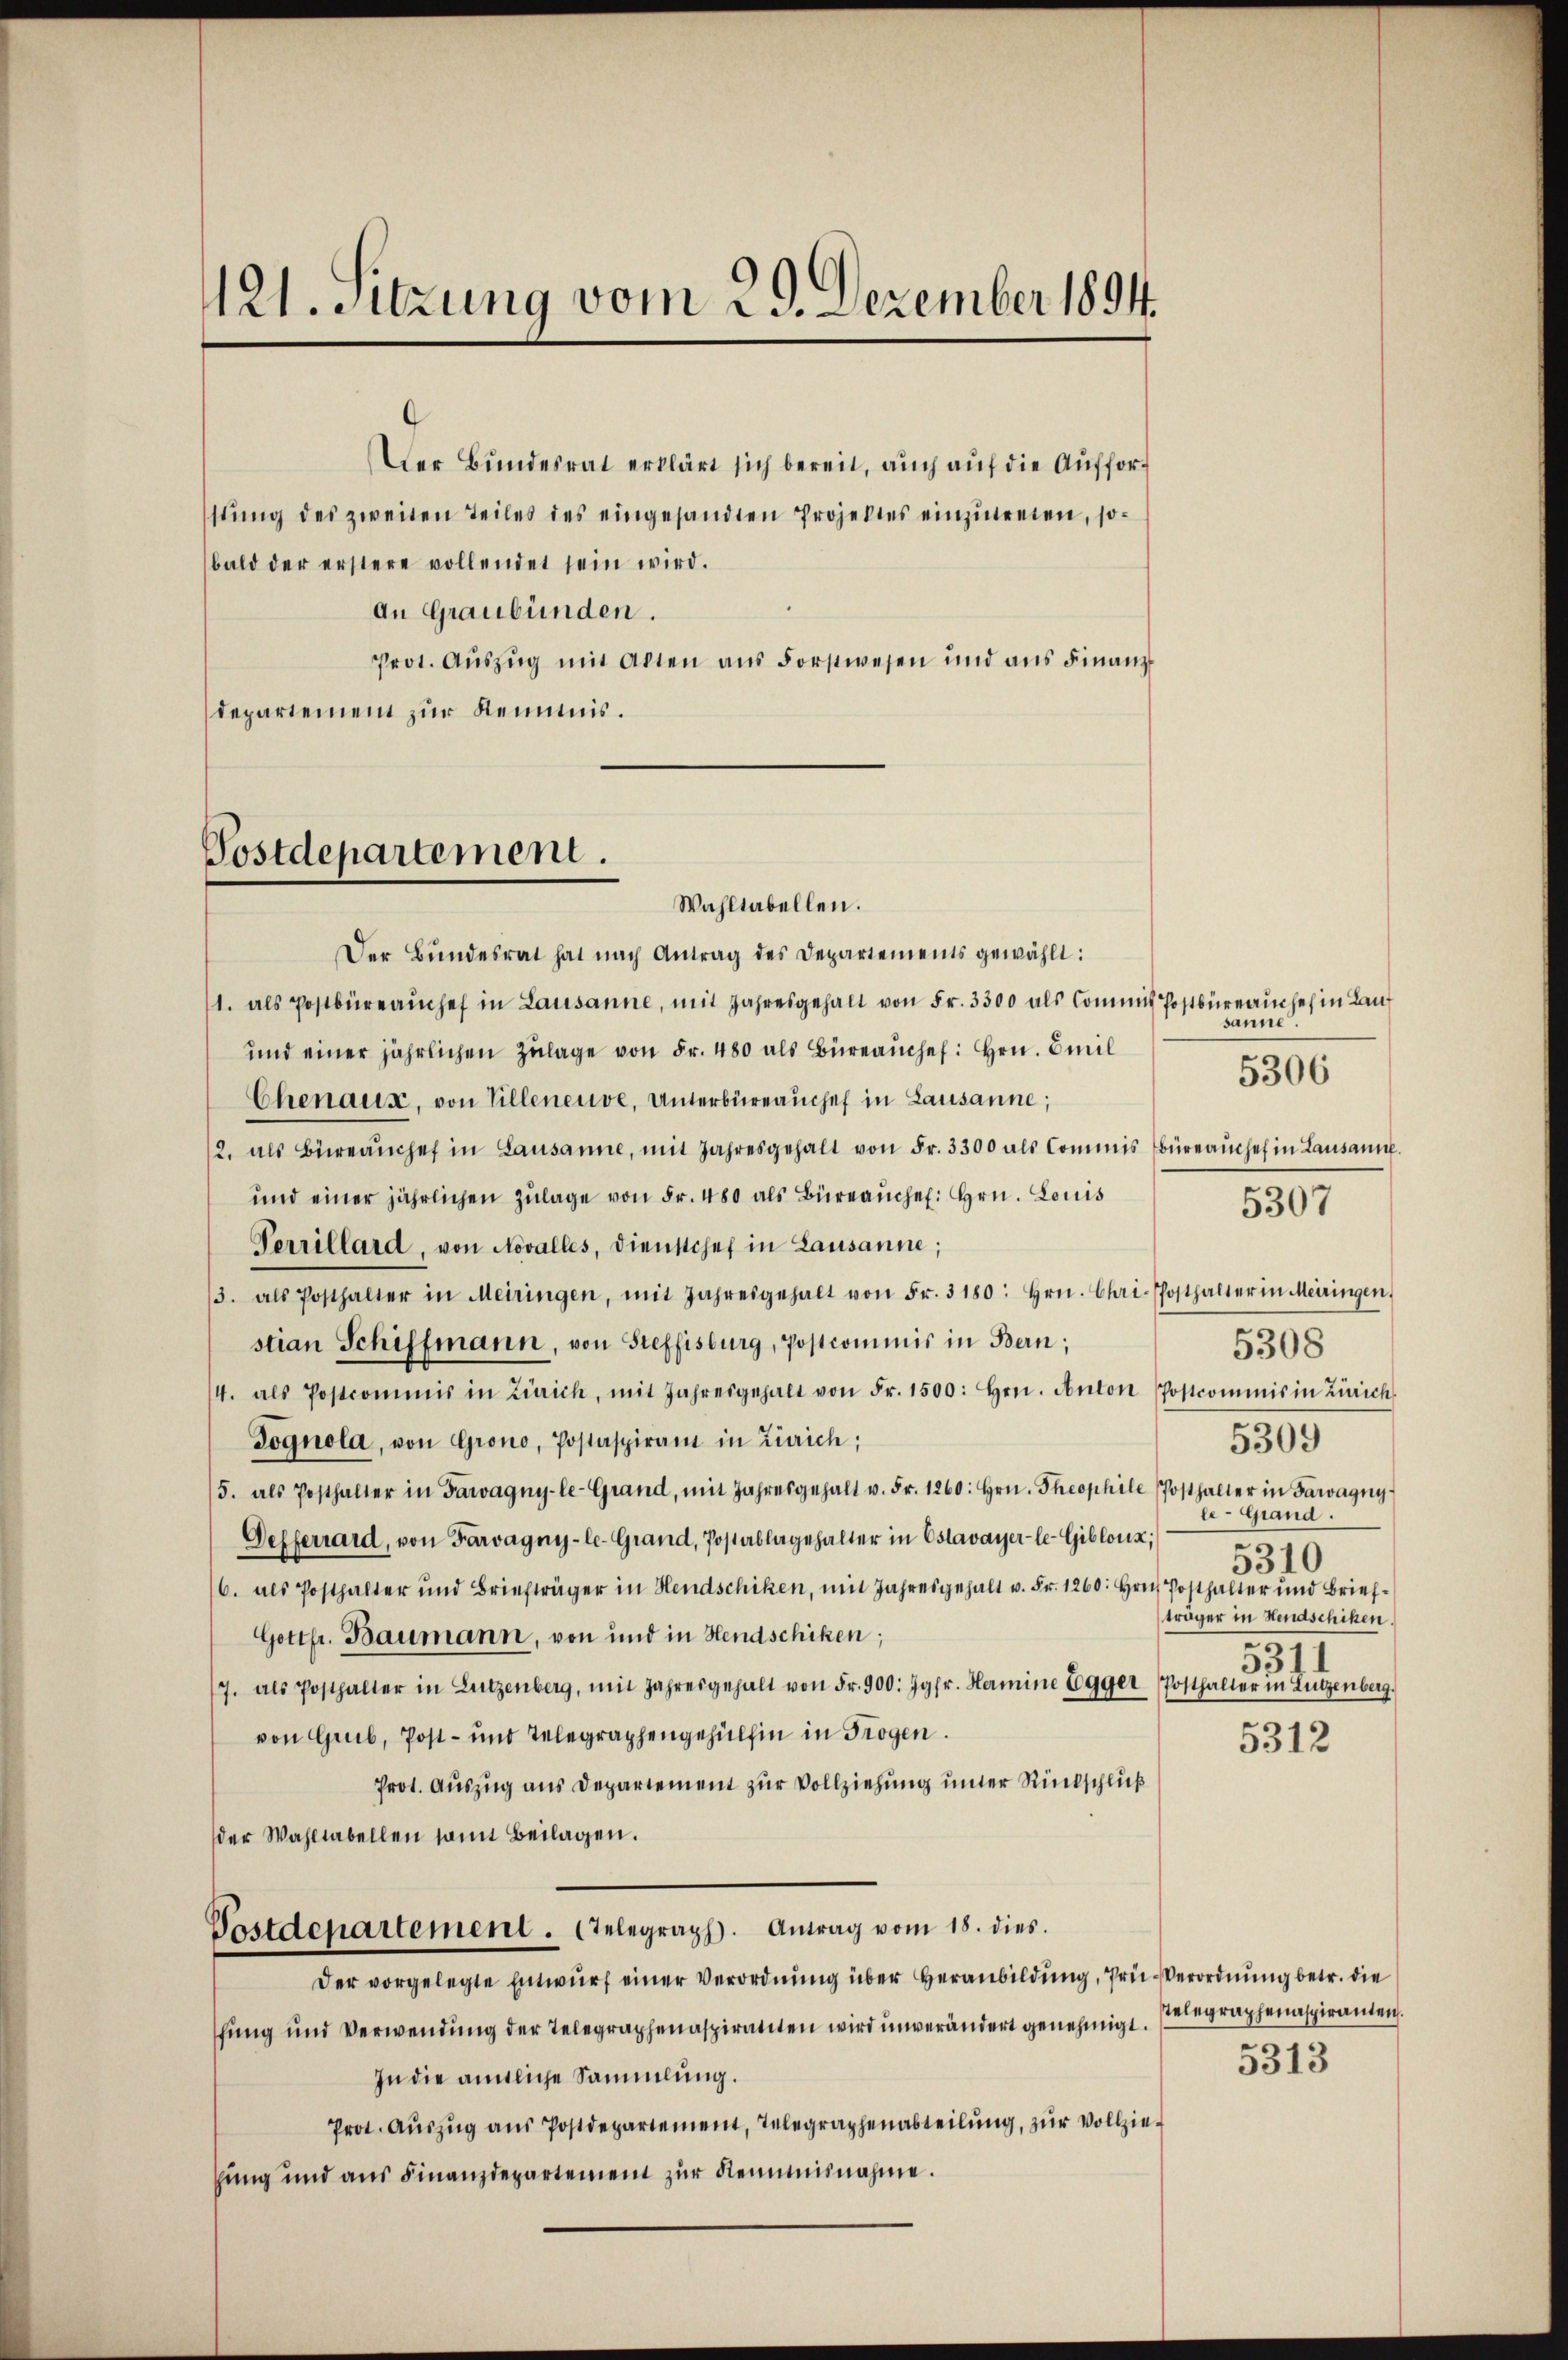
21. Sitzung vom 29. Dezember 1894.

Der Bundesrat erklärt sich bereit, auch auf die Aufford
stung des zweiten Teiles des eingesandten Projektes einzutreten, sobald der erstere vollendet sein wird.
An Graubünden.
Prot. Aŭszŭg mit Akten ans Forstwesen und ans Finanz
departement zur Reimnis.

Postdepartement.
Wahltabellen.

Der Bundesrat hat nach Antrag des Departements gewählt:
1. als Postbüreaŭche in Lausanne, mit Jahresgehalt von Fr. 3300 als Commis Postbüreaŭsheh in Lauf
und einer jährlichen Zŭlage von Fr. 480 als Büreaŭchef. Hrn. Emil
Chenaux, von Villeneuve, Unterbüreaŭchef in Lausanne;
2. als Büreaŭchef in Lausanne, mit Jahresgehalt von Fr. 3300 als Commis Büreaŭchef in Lausanne.
und einer jährlichen Zŭlage von Fr. 480 als Büreaŭche. Hrn. Louis
Verrillard, von Novalles, dienstchef in Lausanne;
/3. als Posthalter in Meiringen, mit Jahresgehalt von Fr. 3180: hrn. Chri-Posthalter in Meiringen,
stian Schiffmann, von Steffisburg, Postcommis in Bern;
4. als Postcommis in Zürich, mit Jahresgehalt von Fr. 1500: hrn. Anton Postcommis in Zürich
Pognola, von Grono, Postaspirant in Zürich;
5. als Posthalter in Farvagny-le-Grand, mit Jahresgehalt u. Fr. 1260: hrn. Theophile Posthalter in Saragny
Oefferrard, von Farvagny-le-Grand, Postablagehalter in Estavayer-le-Gibloux;
6. als Posthalter und Briefträger in Hendschiken, mit Jahresgehalt u. Fr. 1260: Hr. Posthalter und Brief¬
Gottfr. Baumann, von und in Hendschiken;
/7. als Posthalter in Lützenberg, mit Jahresgehalt von Fr. 900: Jgfr. Hermine Egger Posthalter in Lützenberg.
von Greb, Post- und Telegraphengehülfen in Trogen.
5312
Prot. Auszug aus Departement zur Vollziehung unter Rückschluß
der Wahltabellen samt Beilagen.
Postdepartement. Telegraph. Antrag vom 18. dies
der vorgelegte Entwŭrf einer Verordnŭng über Heranbildung, Prü-Verordnung betr. die
ffung und Verwendung der Telegraphenaspirateten wird unverändert genehmigt. Entegraphenaspiranten.
5313
In die amtliche Sammlung.
Prot. Aŭszŭg aŭs Postdepartement, Telegraphenabteilŭng, zŭr Vollziegung und aus Finanzdepartement zur Reimisnahme.

sänne
5307

5306

träger in Hendschiken
31
331

5308
5309
er-Grand.
5310